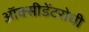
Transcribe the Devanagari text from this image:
ऑक्सीडेंटरोधी